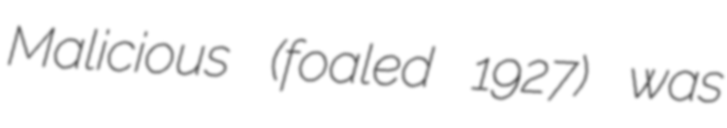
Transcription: Malicious (foaled 1927) was